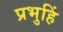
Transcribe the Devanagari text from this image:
प्रभुहिं